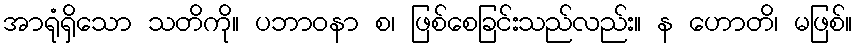
အာရုံရှိသော သတိကို။ ပဘာဝနာ စ၊ ဖြစ်စေခြင်းသည်လည်း။ န ဟောတိ၊ မဖြစ်။